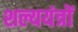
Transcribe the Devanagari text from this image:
शल्ययंत्रों